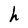
Character: h